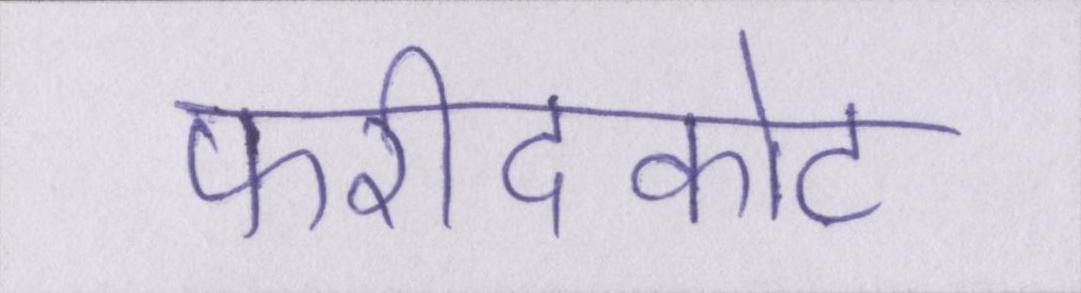
फरीदकोट